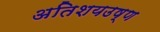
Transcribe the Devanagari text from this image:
अतिशयउष्ण